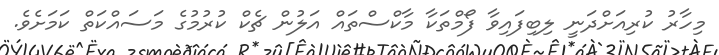
މިހާރު ކުރިއަށްދަނީ ލިބިފައިވާ ފޯމްތަކާ މާކްސްތައް އަލުން ޗެކް ކުރުމުގެ މަސައްކަތް ކަމަށެވެ.